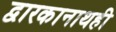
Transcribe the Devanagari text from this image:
द्वारकानाथही